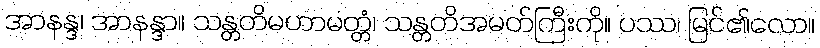
အာနန္ဒ၊ အာနန္ဒာ။ သန္တတိမဟာမတ္တံ၊ သန္တတိအမတ်ကြီးကို။ ပဿ၊ မြင်၏လော။